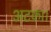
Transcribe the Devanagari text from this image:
अटका।